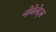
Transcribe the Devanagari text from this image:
नोवेलेट्स